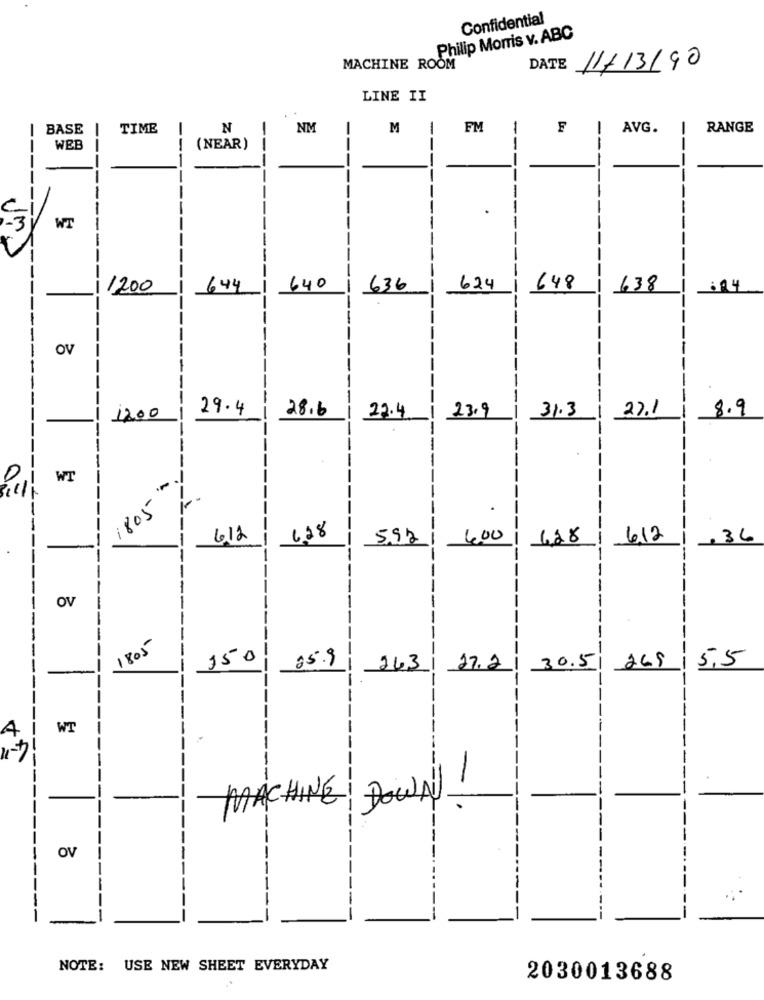
Confidential
Philip Morris v. ABC
MACHINE ROOM
DATE
11/13/90
LINE II
BASE |
TIME
N
NM
M
FM
F
AVG.
RANGE
WEB
(NEAR)
--
1
---
----
----
-
--
-3
WT
---
1200
644
640
636
624
648
638
OV
-
--
29.4
28.6
27.1
8.9
1200
23.4
23.9
31.3
WT
-
--
1805
6.12
628
5.92
400
428
612
.36
OV
--
-
1805
-
150
35.9
263
27.2 | 30.51 269
5,5
AI
WT
MACHINE DOWN!
OV
-
NOTE: USE NEW SHEET EVERYDAY
2030013688